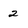
Character: 2